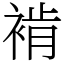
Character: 褃